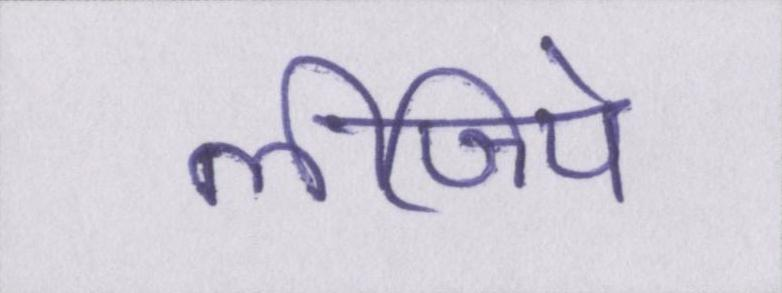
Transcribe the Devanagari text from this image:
लीजिये